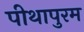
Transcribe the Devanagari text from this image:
पीथापुरम